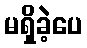
မရှိခဲ့ပေ